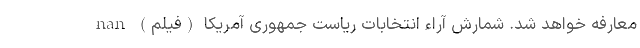
معارفه خواهد شد. شمارش آراء انتخابات ریاست جمهوری آمریکا (فیلم) nan